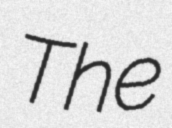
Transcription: The